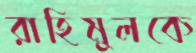
রাহিমুলকে